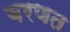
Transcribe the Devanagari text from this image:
वरणत